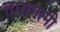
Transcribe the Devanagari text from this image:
तारागामी